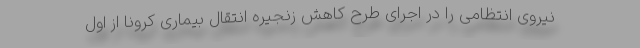
نیروی انتظامی را در اجرای طرح کاهش زنجیره انتقال بیماری کرونا از اول